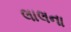
લાલના